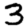
Digit: 3